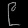
Digit: ၉